Report on the Nagpur School of Medicine, Central Provinces
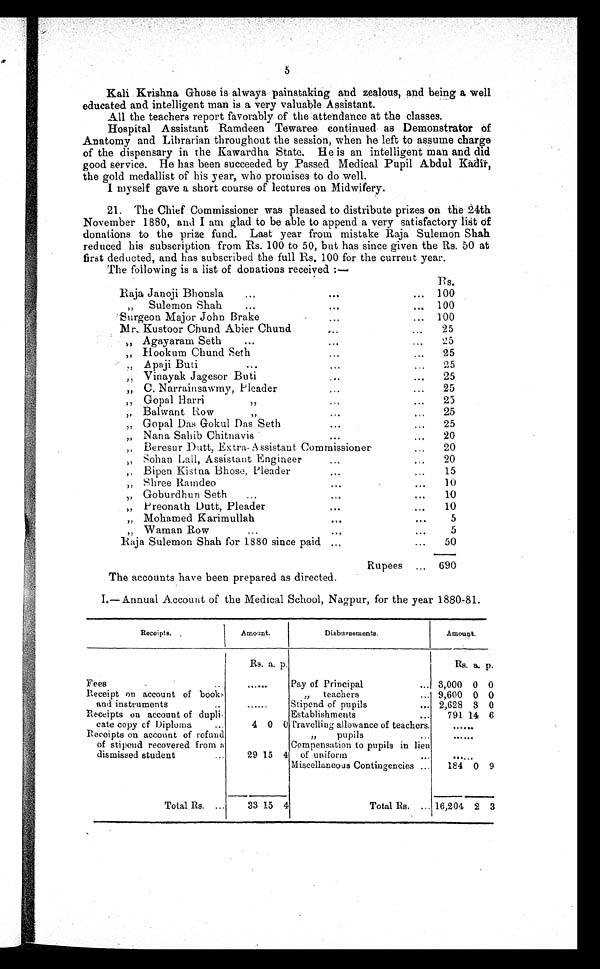
5
Kali Krishna Ghose is always painstaking and zealous, and being a well
educated and intelligent man is a very valuable Assistant.
All the teachers report favorably of the attendance at the classes.
Hospital Assistant Ramdeen Tewaree continued as Demonstrator of
Anatomy and Librarian throughout the session, when he left to assume charge
of the dispensary in the Kawardha State. He is an intelligent man and did
good service. He has been succeeded by Passed Medical Pupil Abdul
Kadir, the gold medallist of his year, who promises to do well.
I myself gave a short course of lectures on Midwifery.
21. The Chief Commissioner was pleased to distribute prizes on the 24th
November 1880, and I am glad to be able to append a very satisfactory list of
donations to the prize fund. Last year from mistake Raja Sulemon Shah
reduced his subscription. from Rs. 100 to 50, but has since given the Rs. 50 at
first deducted, and has subscribed the full Rs. 100 for the current year.
The following is a list of donations received :—
Rs.
Raja Janoji Bhonsla
...
...
... 100
"
Sulemon Shah
...
...
... 100
Surgeon Major John Brake
...
... 100
Mr. Kustoor Chund Abier Chund
...
...
25
" Agayaram Seth ... ... ...
25
" Hookum Chund Seth
...
...
25
" A paji Buti ...
...
25
" Vinayak Jagesor Buti
...
...
25
" C. Narrainsawmy, Pleader
...
...
25
" Gopal Harri
"
...
...
25
" Balwant Row
"
...
...
25
" Gopal Das Gokul Das Seth
...
...
25
" Nana Sahib Chitnavis
...
...
20
" Beresur Dutt, Extra- Assistant Commissioner
...
20
" Sohan Lall, Assistant Engineer
...
...
20
" Bipen Kistna Bhose, pleader
...
. . .
15
" Shree Ramdeo
...
...
10
" Goburdhun Seth ... ... ...
10
" Preonath Dutt, Pleader
...
...
10
" Mohamed Karimullah
...
...
5
" Waman Row
...
...
...
5
Raja Sulemon Shah for 1880 since paid ...
...
50
Rupees ...
690
The accounts have been prepared as directed.
I.—Annual Account of the Medical School, Nagpur, for the year 1880-81.
Receipts.
Amount.
Disbursements.
Amount.
Rs. a. p.
Rs. a. p.
Fees
...
......
Pay of Principal
... 3,000 0 0
Receipt on account of books
and instruments ..
"
teachers
... 9,600 0 0
......
Stipend of pupils
... 2,628 3 0
Receipts on account of dupli-
cate copy cf Diploma
...
Establishments
...
791 14 6
4 0 0 Travelling allowance of teachers. ......
Receipts on account of refund
of stipend recovered from a
dismissed student ...
"
pupils
... ......
29 15 4
Compensation to pupils in lieu
of uniform
...
......
Miscellaneous Contingencies ...
184 0 9
Total Rs. ...
33 15 4
Total Rs. ... 16,204 2 3